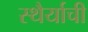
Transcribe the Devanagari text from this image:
स्थैर्याची